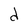
Character: d